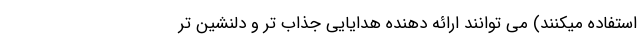
استفاده میکنند) می توانند ارائه دهنده هدایایی جذاب تر و دلنشین تر